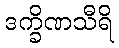
ဒက္ခိဏသီရိ